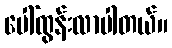
ပေါ်ထွန်းလာပါတယ်။